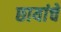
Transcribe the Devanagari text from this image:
छायांचे